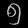
Digit: ၅